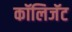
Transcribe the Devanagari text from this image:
कॉलिजॅट